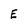
Character: E